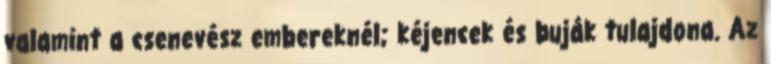
valamint a csenevész embereknél; kéjencek és buják tulajdona. Az